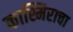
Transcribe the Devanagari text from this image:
काश्मिराचा